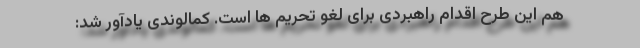
هم این طرح اقدام راهبردی برای لغو تحریم ها است. کمالوندی یادآور شد: